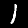
Label: 1